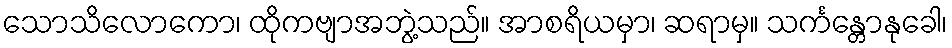
သောသိလောကော၊ ထိုကဗျာအဘွဲ့သည်။ အာစရိယမှာ၊ ဆရာမှ။ သင်္ကန္တောနုခေါ၊